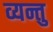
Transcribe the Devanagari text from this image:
व्यन्तु